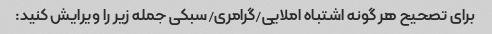
برای تصحیح هر گونه اشتباه املایی/گرامری/سبکی جمله زیر را ویرایش کنید: